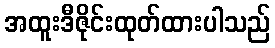
အထူးဒီဇိုင်းထုတ်ထားပါသည်